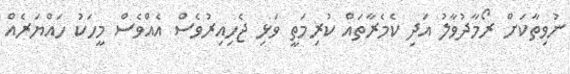
ނުވިތާކަށް ރޯމާދުވާލު އަދި ކެމެރާތައް ކުރިމަތީ ވަޅި ޖެހިއިރުވެސް އެއްވެސް މީހަކު ހައްޔަރެއް